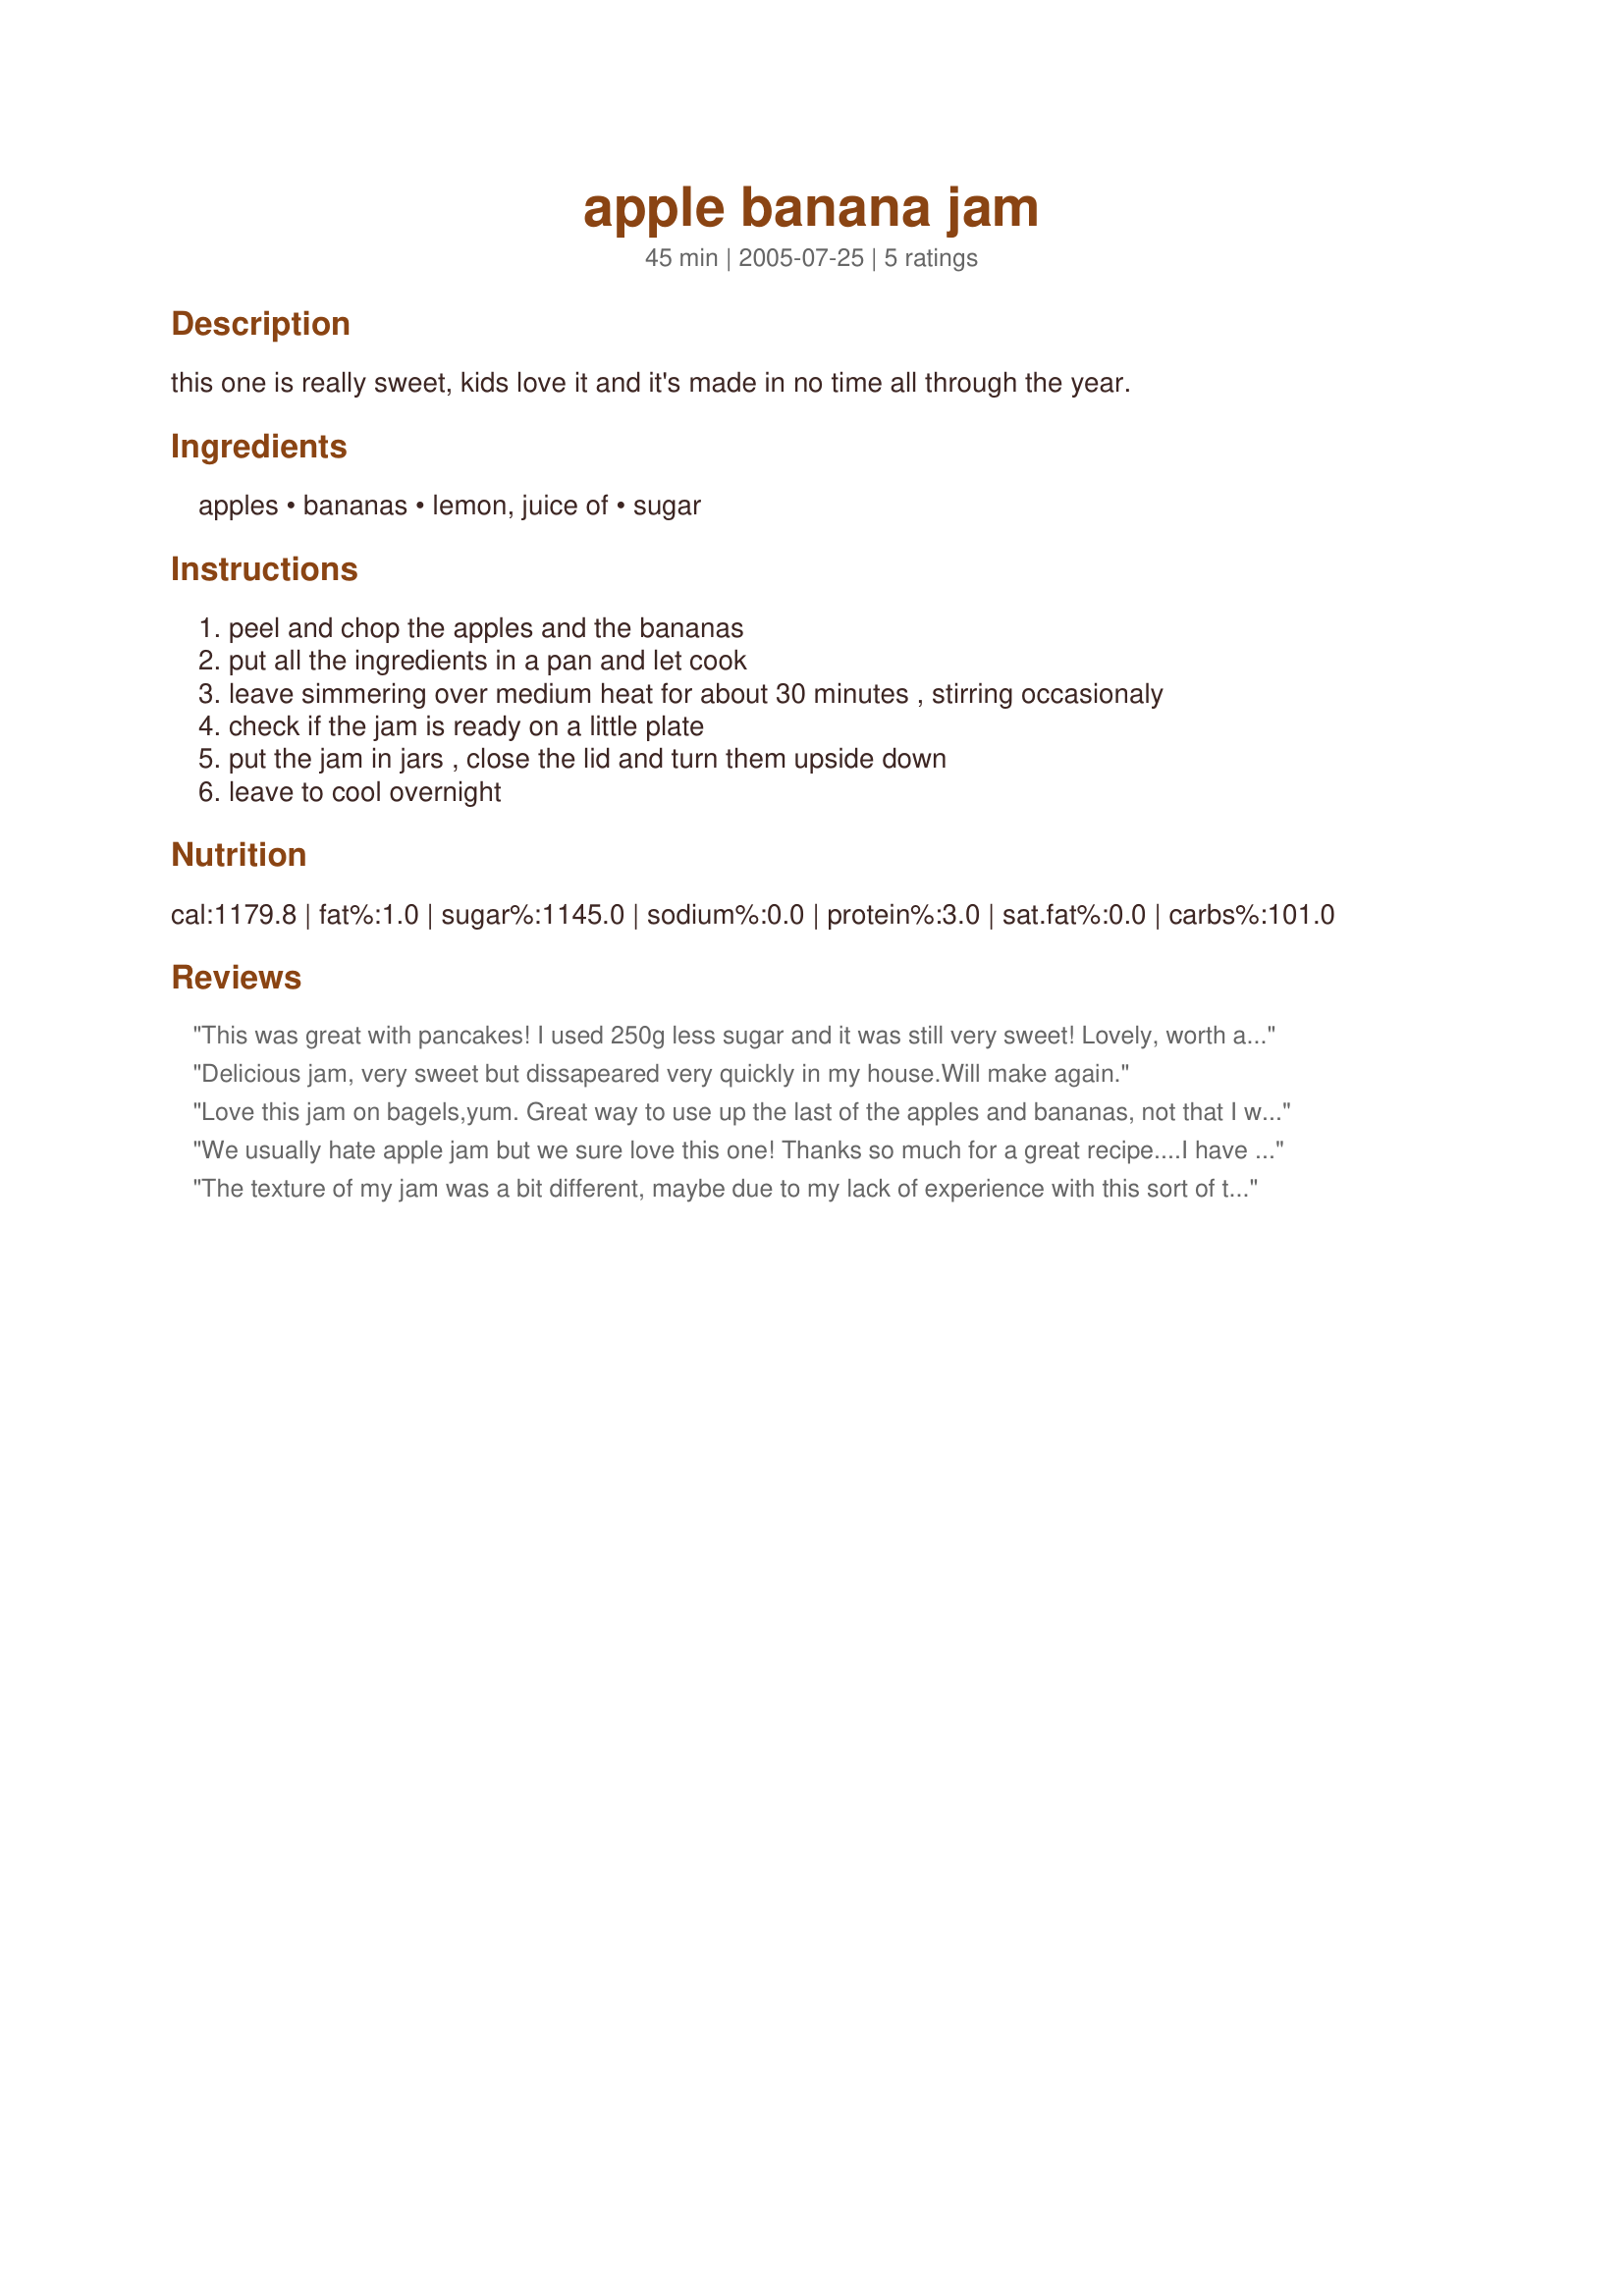
apple banana jam
Preparation time: 45 minutes

this one is really sweet, kids love it and it's made in no time all through the year.

Ingredients:
apples, bananas, lemon, juice of, sugar

Steps:
peel and chop the apples and the bananas, put all the ingredients in a pan and let cook, leave simmering over medium heat for about 30 minutes , stirring occasionaly, check if the jam is ready on a little plate, put the jam in jars , close the lid and turn them upside down, leave to cool overnight

Reviews:
This was great with pancakes! I used 250g less sugar and it was still very sweet! Lovely, worth a try! Thanks
Delicious jam, very sweet but dissapeared very quickly in my house.Will make again.
Love this jam on bagels,yum. Great way to use up the last of the apples and bananas, not that I will be waiting to use up the last of the bananas and apples before I make this jam again.. I found it a bit sweet (personal taste) but will try cutting the sugar back just a bit. I used a softer apple and that worked perfect. The jam is a nice consistency. Great recipe! (recipe swap #15)
We usually hate apple jam but we sure love this one! Thanks so much for a great recipe....I have 4 apple trees and really am grateful we will use the fruit now! I really like the sweet taste of the banana in it!
The texture of my jam was a bit different, maybe due to my lack of experience with this sort of thing, but the flavor was out of this world. I cut the recipe down to make just one jar, so I could put it in a container and use it up in a short period of time (I dont know how to can/jar anything!!! lol). Thanks for this recipe. It was fabulous on english muffins :)
